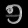
Digit: ၅